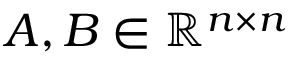
A , B \in \mathbb { R } ^ { n \times n }